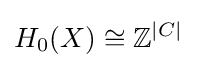
H_{0}(X)\cong \mathbb {Z} ^{|C|}